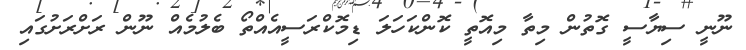
ނޫނީ ސިޔާސީ ގޮތުން މިތާ މިއޮތީ ކޮންކަހަލަ ޑިމޮކްރަސީއެއްތޯ ބެލުމެއް ނޫން ރަށްރަށުގައި